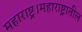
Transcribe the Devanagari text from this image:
महाराष्ट्र।महाराष्ट्रातील